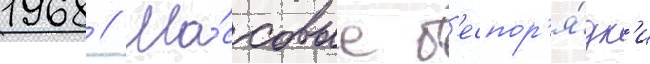
1968 // Ма́ссовые б'еспор'я́дк'и